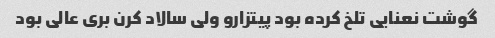
گوشت نعنایی تلخ کرده بود پیتزارو ولی سالاد کرن بری عالی بود